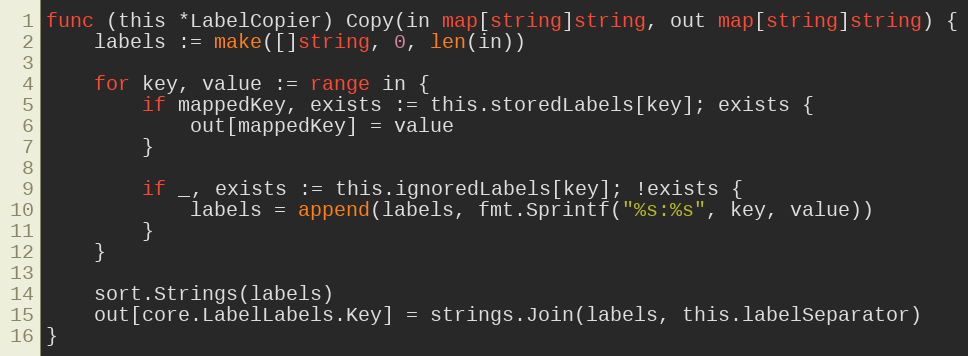
Language: Go
func (this *LabelCopier) Copy(in map[string]string, out map[string]string) {
	labels := make([]string, 0, len(in))

	for key, value := range in {
		if mappedKey, exists := this.storedLabels[key]; exists {
			out[mappedKey] = value
		}

		if _, exists := this.ignoredLabels[key]; !exists {
			labels = append(labels, fmt.Sprintf("%s:%s", key, value))
		}
	}

	sort.Strings(labels)
	out[core.LabelLabels.Key] = strings.Join(labels, this.labelSeparator)
}